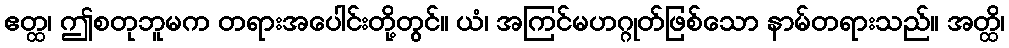
ဧတ္ထ၊ ဤစတုဘူမက တရားအပေါင်းတို့တွင်။ ယံ၊ အကြင်မဟဂ္ဂုတ်ဖြစ်သော နာမ်တရားသည်။ အတ္ထိ၊